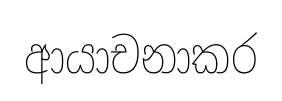
ආයාචනාකර